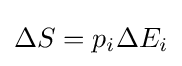
\Delta S=p_{i}\Delta E_{i}